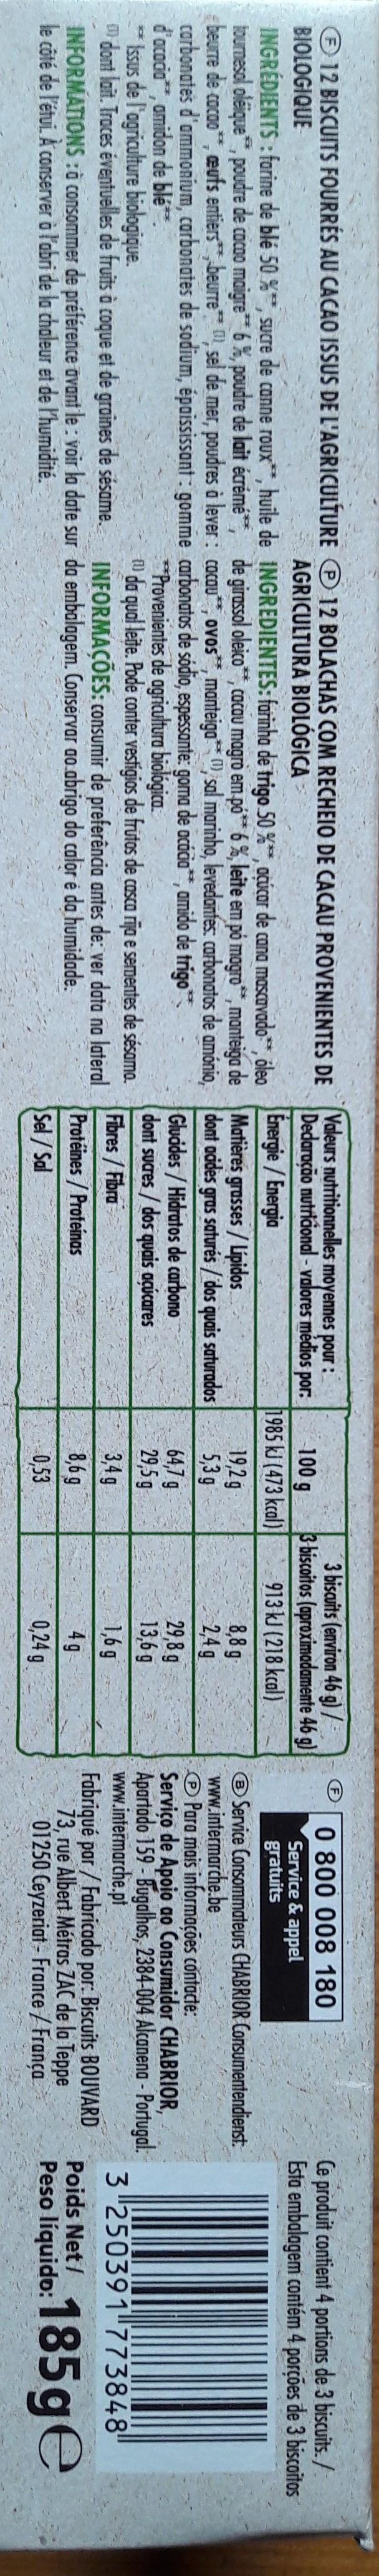
3 biscuits (environ 46 g)7. 3 biscoitos (aproximadamente 46 g 913 kJ (218 kcal) 0 800 008 180 Service& appel gratuits Ce produit contient 4 portions de 3 biscuits./ Esta embalagem contém 4 porções de 3 biscoitos 12 BISCUITS FOURRES AU CACAO ISSUS DE L'AGRICULTURE BIOLOGIQUE 12 BOLACHAS COM RECHEIO DE CACAU PROVENIENTES DE AGRICULTURA BIOLÓGICA Valeurs nutritionnelles moyennes pour: Dedaracão nutriaonal-valores médios por: 100 g 1985 kJ (473 kcal) INGRÉDIENTS: forine de blé 50 %, sucre de canne roux, huile de INGREDIENTES: furinha de trigo 50 %*, ocucar de cana mascavado, õlea Energie /Energia tournesol oleique, poudre de cocoo maigre 6%, pouare de lait écrémé, de girassol oleico, cocau magro em.po6% leite em po magro*,manteiga de Matières grasses/Lipidos beurre de cocao, eufs entiers beurre sel de mer, poudres à lever : cocau, ovos, manteiga sal marinho, levedonfes: carbonatos de amónio, dont acides gras saturés /dos quais saturados carbonates d'ammonium, carbonates de sodium, épaississant gomme carbonatos de sódio, espessante: goma de acácia, amido de trigo d'acocia, amidon de blé Isus de l'agriculture biologique. dont lait. Traces éventuelles de fruits à coque et de groines de sésame INFORMATIONS :o consommer de préférence avant le: voir la date sur da embalagem. Conservar ao.abrigo do calor é da humidade. le côté de l'étui. A conserver à l'abri de la chaleur et de l'humidité Service Consommateurs CHABRIOR Consumentendienst www.intermarche.be Para mais informações contacte: Servico de Apoio ao Consumidor CHABRIOR Apartado 159 Bugahos, 2384-004 Alcanena- Portugal. www.intermarche.pt Fabriqué par /Fabricado por: Biscuits BOUVARD 73, rue Albert Métras ZAC de la Teppe 01250 Ceyzeriat- France /França 8,8g 24g 29,8g 13,6g 19,2g 5,3g *3 Provenientes de ogriaultura biológica da qual lete. Pode conter vestigios de frutos de cosca INFORMAÇOES: consumir de preferência antes de: ver data na lateral Gluddes/ Hidratos de carbono dont sucres/ dos quais acucares Fibres/Fibro 64,7 g 29,5 g rija e sementes de sésama. 3 250391 773848 3,4 g 1,6 g 33 Poids Net/ 8,6g 4g Pese liquide 185ge Proteines/Profeinas Sel/Sal 0,53 0,24 g